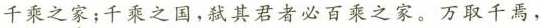
千乘之家；千乘之国，弑其君者必百乘之家。万取千焉，